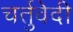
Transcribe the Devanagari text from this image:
चर्तुवेदी